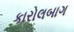
કારોલબાગ